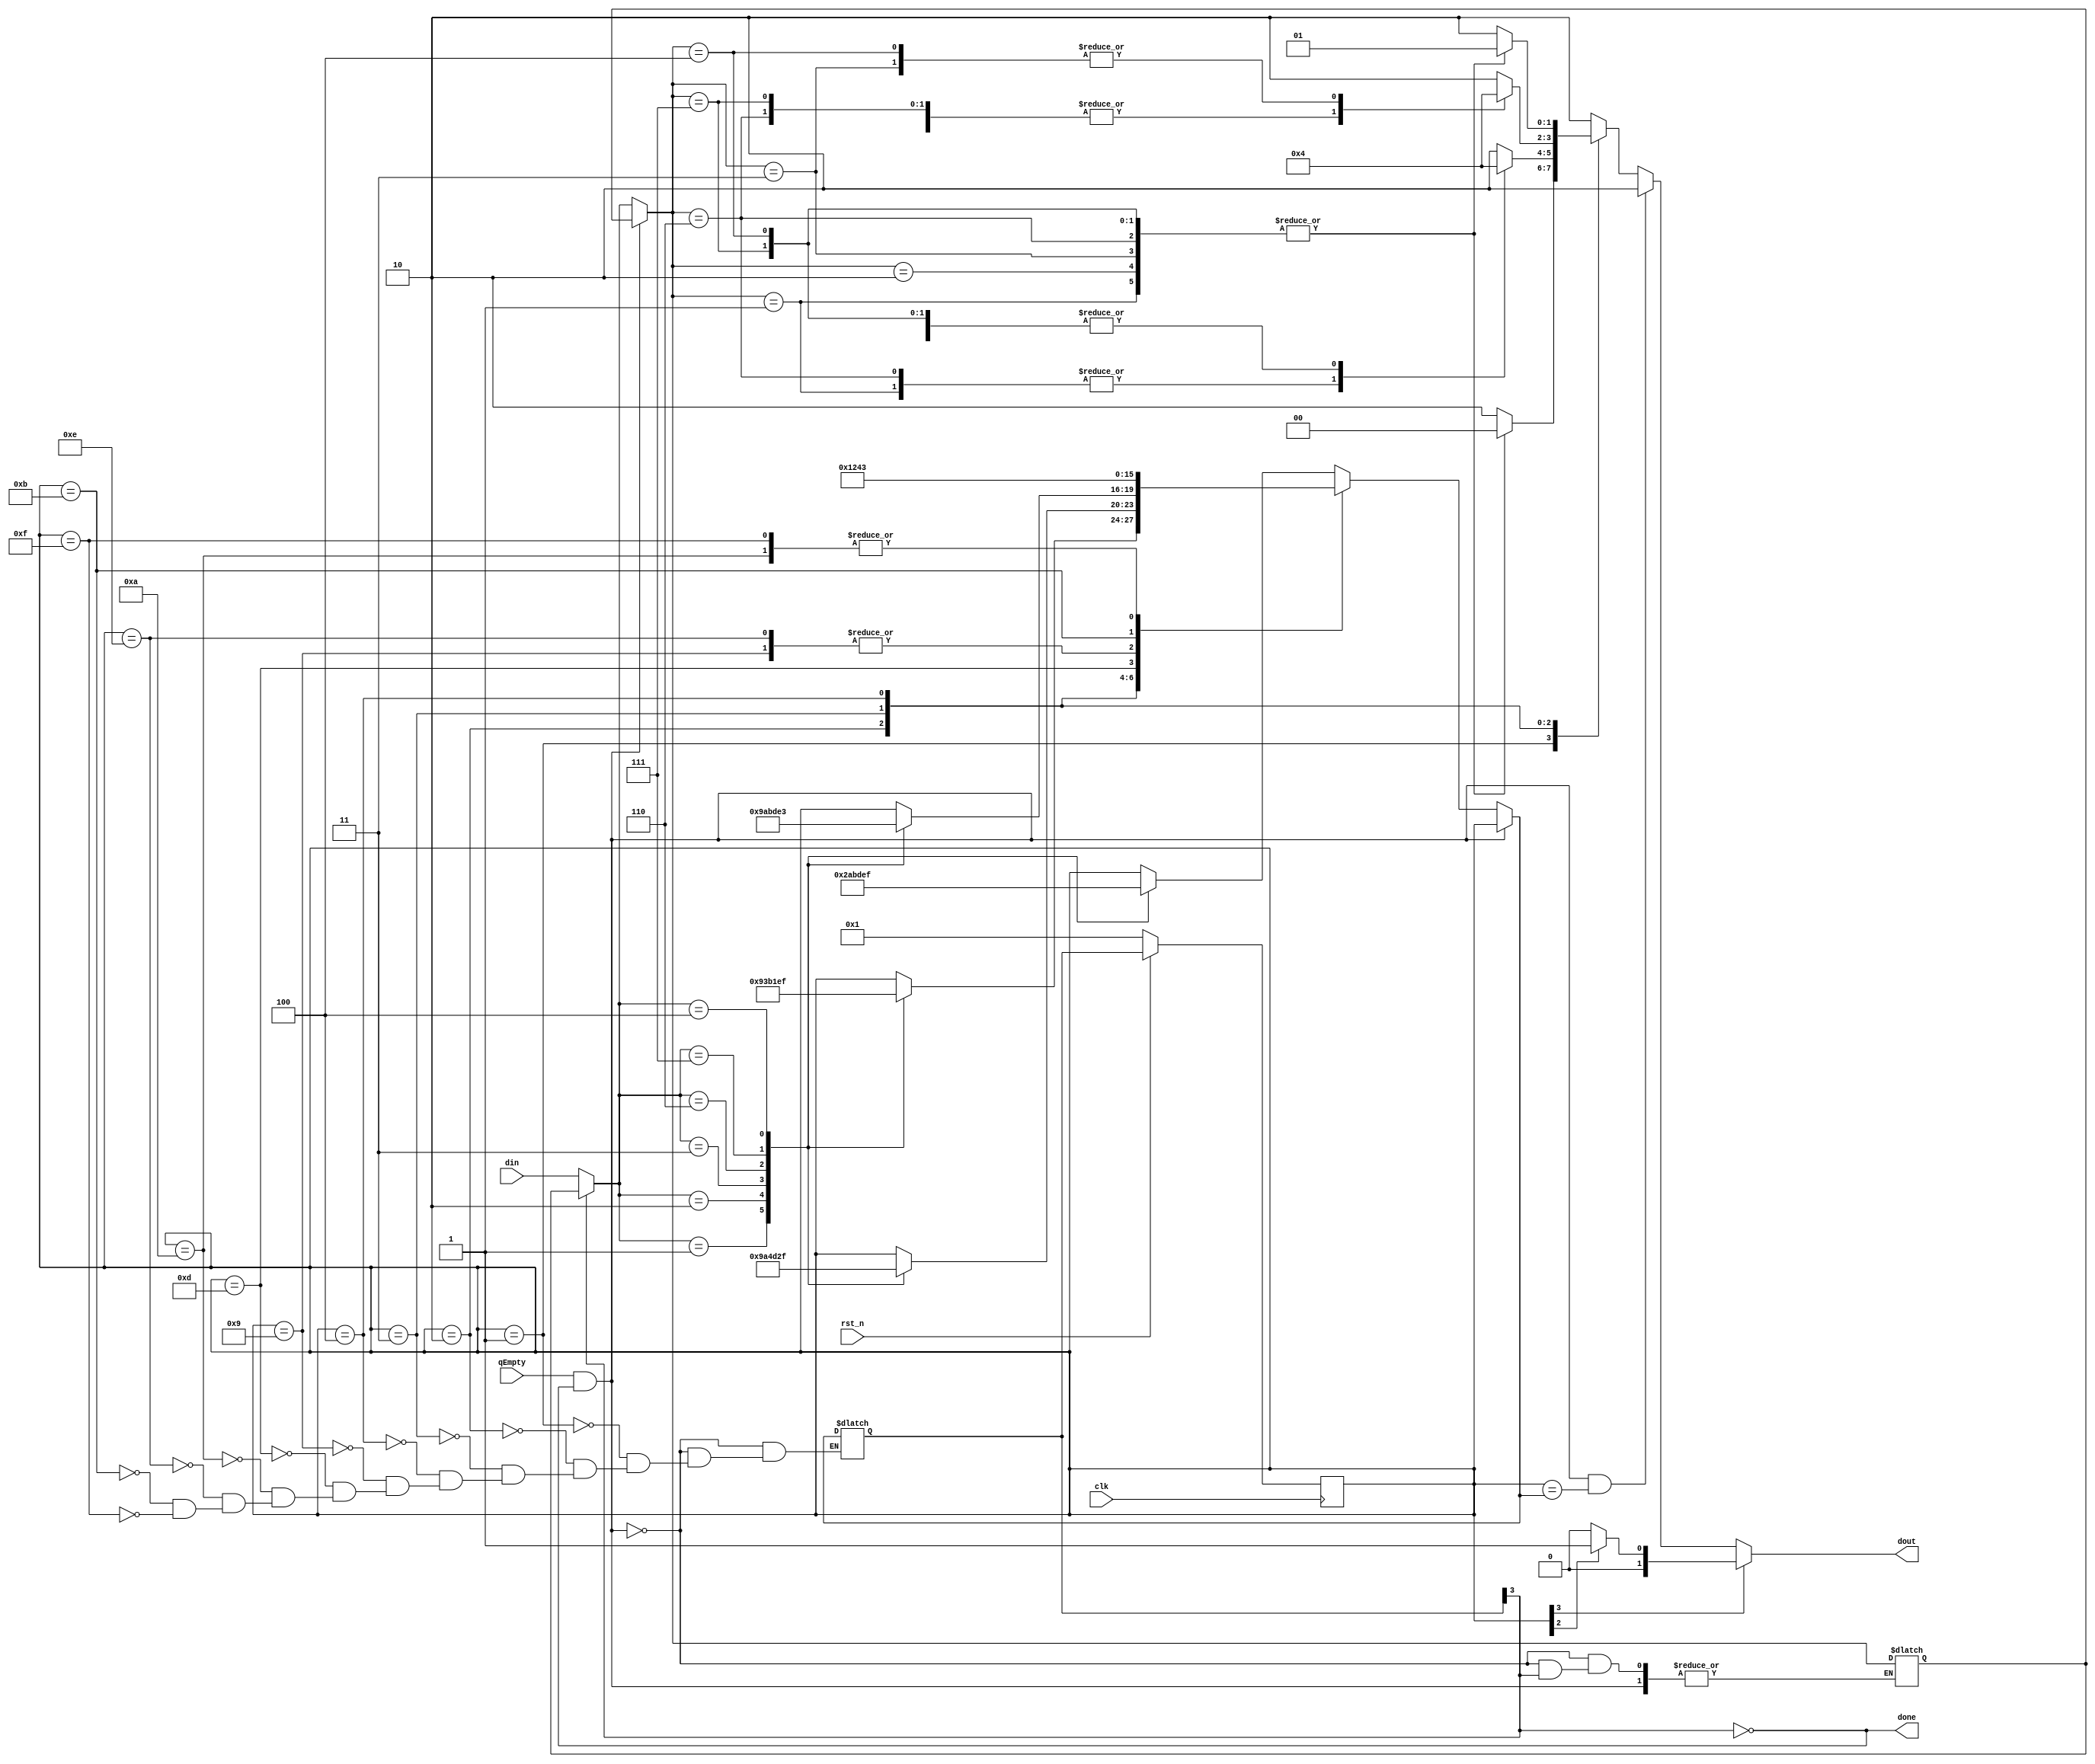
module LiftFSM (
    input clk, rst_n, qEmpty,
    input [2:0] din,
    output done,
    output [1:0] dout
);
    reg [2:0] in;
    reg [1:0] out;

    // current state, next state
    reg [3:0] crt_state;
    reg [3:0] nxt_state;
    // state-4bit 
    // [3]-idle:0, busy:1
    // [2]-UP:0, DOWN:1
    parameter [3:0] S1 = 4'b0001, S2 = 4'b0010, S3 = 4'b0011, S4 = 4'b0100,
                    S12 = 4'b1001, S21 = 4'b1101,
                    S23 = 4'b1010, S32 = 4'b1110,
                    S34 = 4'b1011, S43 = 4'b1111;

    // input-3bit
    // [2]-UP:0, DOWN:1
    parameter [2:0] _1U = 3'b001, _2U = 3'b010, _3U = 3'b011,
                    _2D = 3'b110, _3D = 3'b111, _4D = 3'b100,
                    _NONE = 3'b000; 

    // output-2bit
    parameter [1:0] UP = 2'b00, DOWN = 2'b01, STAY = 2'b10;

    always @(posedge clk ) begin
        // sync reset 
        if (!rst_n) begin
            crt_state <= S1;            
        end else begin
            crt_state <= nxt_state;            
        end  
            
    end

    always @(crt_state, din) begin
        // generate the next state
        // qEmpty enables the LiftFSM module to stay in the same state and produce the STAY output
        // if qEmpty and done then stay in same state and produce the STAY output
        if (qEmpty && done) begin
            nxt_state = crt_state;
        end else begin
            // only if it is done then update the din
            if (done) begin
                in = din;
            end 

            // state table
            case (crt_state)
                S1: begin
                    case (in)
                        _1U: nxt_state = S2;
                        _2U: nxt_state = S23;
                        _3U: nxt_state = S34;
                        _2D: nxt_state = S21;
                        _3D: nxt_state = S32;
                        _4D: nxt_state = S43;

                        // don't change, idle state
                        default: nxt_state = crt_state;
                    endcase
                end

                S2: begin
                    case (in)
                        _1U: nxt_state = S12;
                        _2U: nxt_state = S3;
                        _3U: nxt_state = S34;
                        _2D: nxt_state = S1;
                        _3D: nxt_state = S32;
                        _4D: nxt_state = S43;

                        default: nxt_state = crt_state;
                    endcase
                end

                S3: begin
                    case (in)
                        _1U: nxt_state = S12;
                        _2U: nxt_state = S23;
                        _3U: nxt_state = S4;
                        _2D: nxt_state = S21;
                        _3D: nxt_state = S2;
                        _4D: nxt_state = S43;

                        default: nxt_state = crt_state;
                    endcase
                end

                S4: begin
                    case (in)
                        _1U: nxt_state = S12;
                        _2U: nxt_state = S23;
                        _3U: nxt_state = S34;
                        _2D: nxt_state = S21;
                        _3D: nxt_state = S32;
                        _4D: nxt_state = S3;

                        default: nxt_state = crt_state;
                    endcase
                end
                    
                S12: nxt_state = S2;
                S21: nxt_state = S1;
                S23: nxt_state = S3;
                S32: nxt_state = S2;
                S34: nxt_state = S4;
                S43: nxt_state = S3;

                default: ;
            endcase                     
        end            
        
        // generate the output
        if (crt_state[3] == 1) begin
            // if at the busy state,
            // then output depends on crt_state[2].
            out = (crt_state[2] == 0)? UP : DOWN;
            
        end else begin
            // qEmpty enables the LiftFSM module to stay in the same state and produce the STAY output
            // if qEmpty and done then stay in same state and produce the STAY output
            if (qEmpty && done && crt_state == nxt_state) begin
                out = STAY;
            end else begin
                // if !qEmpty or not at the idle state,
                // then output depends on the input and crt_state.
                case (crt_state)
                    S1: begin
                        case (in)
                            _1U: out = UP;
                            _2U: out = UP;
                            _3U: out = UP;
                            _2D: out = UP;
                            _3D: out = UP;
                            _4D: out = UP;

                            // if there are no inputs to be processed,  
                            // then the system has to produce the output STAY and remain in the same state
                            default: out = STAY;
                        endcase
                    end

                    S2: begin
                        case (in)
                            _1U: out = DOWN;
                            _2U: out = UP;
                            _3U: out = UP;
                            _2D: out = DOWN;
                            _3D: out = UP;
                            _4D: out = UP;

                            default: out = STAY;
                        endcase
                    end

                    S3: begin
                        case (in)
                            _1U: out = DOWN;
                            _2U: out = DOWN;
                            _3U: out = UP;
                            _2D: out = DOWN;
                            _3D: out = DOWN;
                            _4D: out = UP;

                            default: out = STAY;
                        endcase
                    end

                    S4: begin
                        case (in)
                            _1U: out = DOWN;
                            _2U: out = DOWN;
                            _3U: out = DOWN;
                            _2D: out = DOWN;
                            _3D: out = DOWN;
                            _4D: out = DOWN;

                            default: out = STAY;
                        endcase
                    end

                    // if there are no inputs to be processed,  
                    // then the system has to produce the output STAY and remain in the same state
                    default: out = STAY;
                endcase 
            end             
        end    
    end

    // [3]-idle:0, busy:1
    // when the LiftFSM module has finished processing an input and is
    // ready to process the next
    assign done = ~nxt_state[3];
    assign dout = out;

endmodule